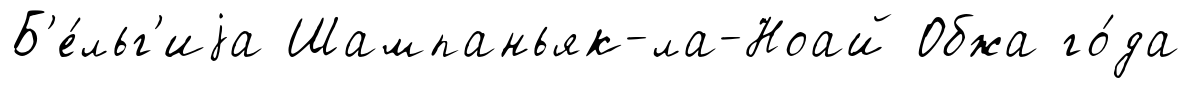
Б'е́льг'иjа Шампаньяк-ла-Ноай Обжа го́да